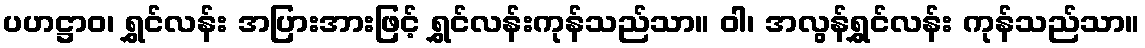
ပဟဋ္ဌာဝ၊ ရွှင်လန်း အပြားအားဖြင့် ရွှင်လန်းကုန်သည်သာ။ ဝါ၊ အလွန်ရွှင်လန်း ကုန်သည်သာ။